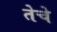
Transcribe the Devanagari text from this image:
तेचे